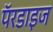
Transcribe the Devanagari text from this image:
पॅरडाइज